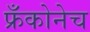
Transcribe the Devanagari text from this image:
फ्रँकोनेच